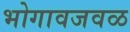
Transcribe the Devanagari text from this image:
भोगावजवळ